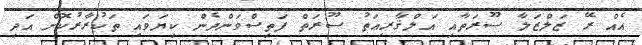
އެއް ރޭ ޒަލްޒަލާ ސޫރަތާއި އަލްޤާރިޢަތު ސޫރަތް ފަތިސްވަންދެން ކިޔަވައި ތަކުރާރުކޮށް އަދި